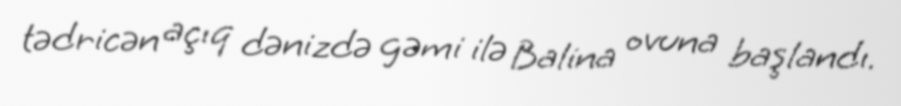
tədricən açıq dənizdə gəmi ilə Balina ovuna başlandı.